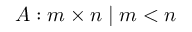
A : m \times n \mid m < n